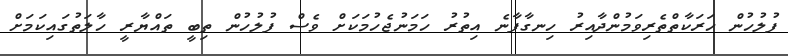
ފުލުހުން ހަރަކާތްތެރިވަމުންދާއިރު ހިނގާފާނެ އިތުރު ހަމަނުޖެހުމަކަށް ވެސް ފުލުހުން ތިބީ ތައްޔާރީ ހާލަތުގައިކަމަށް